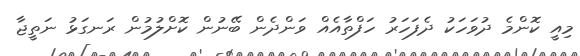
މިއީ ކޮންމެ ދުވަހަކު ދެފަހަރު ހަފްތާއެއް ވަންދެން ބޭނުން ކޮށްލުމުން ރަނގަޅު ނަތީޖާ